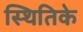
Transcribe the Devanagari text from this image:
स्थितिके